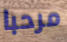
مرحبا